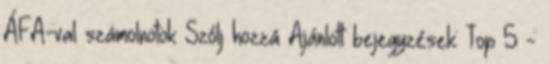
ÁFA-val számolnotok Szólj hozzá Ajánlott bejegyzések: Top 5 -